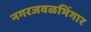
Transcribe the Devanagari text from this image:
नगरजवळभिंगार